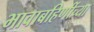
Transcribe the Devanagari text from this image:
भावाबहिणींच्या